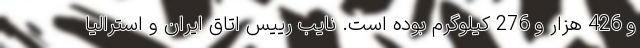
و 426 هزار و 276 کیلوگرم بوده است. نایب رییس اتاق ایران و استرالیا